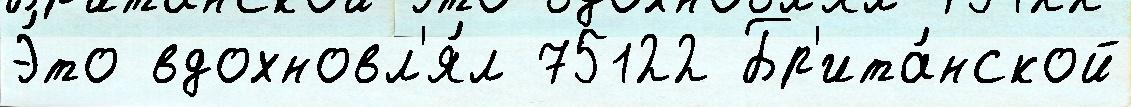
Э́то вдохновл'я́л 75122 Бр'ита́нской